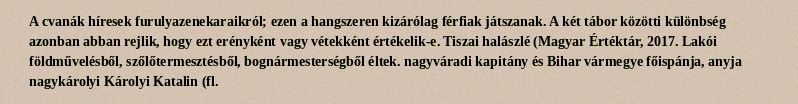
A cvanák híresek furulyazenekaraikról; ezen a hangszeren kizárólag férfiak játszanak. A két tábor közötti különbség azonban abban rejlik, hogy ezt erényként vagy vétekként értékelik-e. Tiszai halászlé (Magyar Értéktár, 2017. Lakói földművelésből, szőlőtermesztésből, bognármesterségből éltek. nagyváradi kapitány és Bihar vármegye főispánja, anyja nagykárolyi Károlyi Katalin (fl.